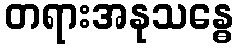
တရားအနုသန္ဓေ